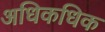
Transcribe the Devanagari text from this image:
अधिकधिक